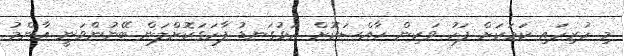
މި ހުރިހައި ކަމަކަށް ފަހު ވަކިން ހާއްސަކޮށް އަޅުގަނޑު ފާހަގަކޮށްލަން ބޭނުންވަނީ އާންމު